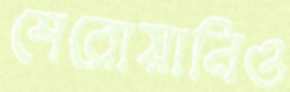
শেরোয়ানিও